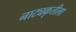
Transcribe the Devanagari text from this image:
नाट्यकृतीला